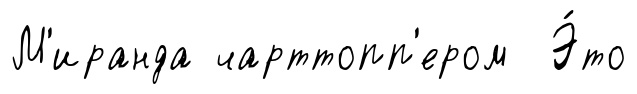
М'иранда чарттопп'ером Э́то